Calcutta medical institutions reports 1871-78
Year: 1871
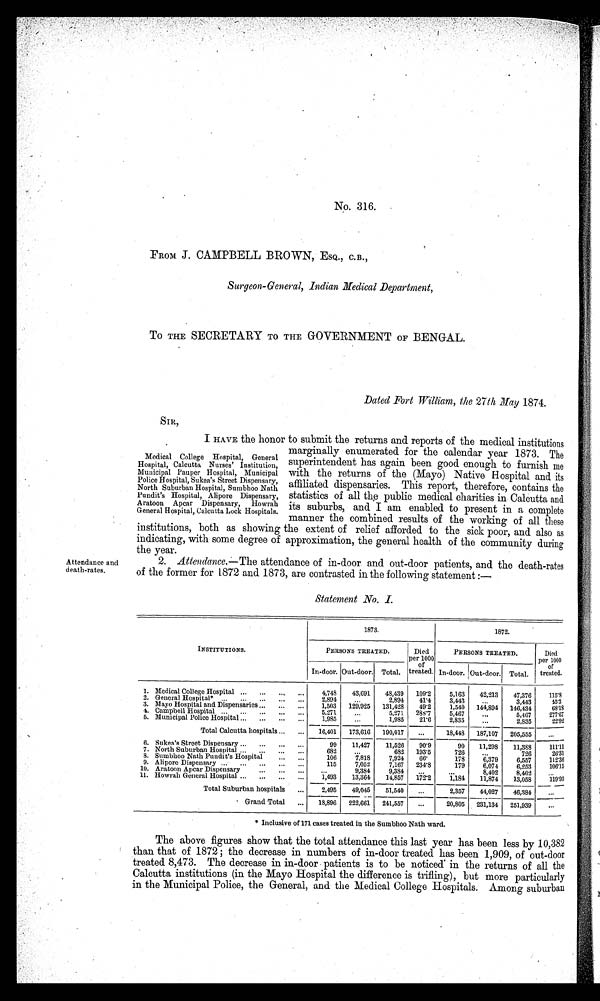
No. 316.
FROM J. CAMPBELL BROWN, ESQ., C.B.,
Surgeon-General, Indian Medical Department,
To THE SECRETARY TO THE GOVERNMENT OF BENGAL.
Dated Fort William, the 27th May 1874.
SIR,
I HAVE the honor to submit the returns and reports of the medical institutions
marginally enumerated for the calendar year 1873. The
superintendent has again been good enough to furnish me
with the returns of the (Mayo) Native Hospital and its
affiliated dispensaries. This report, therefore, contains the
statistics of all the public medical charities in Calcutta and
its suburbs, and I am enabled to present in a complete
manner the combined results of the working of all these
institutions, both as showing the extent of relief afforded to the sick poor, and also as
indicating, with some degree of approximation, the general health of the community during
the year.
Attendance and
death-rates
2. Attendance.—The attendance of in-door and out-door patients, and the death-rates
of the former for 1872 and 1873, are contrasted in the following statement :—
Statement No. I.
1873.
1872.
INSTITUTIONS.
PERSONS TREATED.
Died
per 1000
of
t r e a t e d .
PERSONS TREATED.
Died
per 1000
of
treated.
In-door. Out-door. Total.
In-door. Out-door. Total.
1. Medical College Hospital
4,748
43,691
48,439 109·2
5,163
42,213
47,376
115·8
2. General Hospital*
2,894
...
2,894 41·4
3,443
...
3,443
3. Mayo Hospital and Dispensaries
1,503 129,925 131,428
49·2
1,540 144,894 146,434
68·18
4. Campbell Hospital
5,271
...
5,271 288·7
5,467
...
5,467
277·67
5. Municipal Police Hospital
1,985
...
1,985
21·6
2,835
...
2,835
22·92
Total Calcutta hospitals
16,401 173,616 190,017
...
18,448 187,107 205,555
...
6 .
Sukea's Street Dispensary
99
11,427
11,526
90·9
90
11,298
11,388
111·11
7. North Suburban Hospital
682
..
682 193·5
726
..
726
26·31
8. Sumbhoo Nath Pundit's Hospital
106
7,818
7,924
66·
178
6,379
6,557
112·36
9. Alipore Dispensary
115
7,052
7,167 234·8
179
6,074
106·15
10. Aratoon Apcar Dispensary
. . .
9,384
9,384
...
. . .
8,402
8,402
...
11. Howrah General Hospital
1,493
13,364
14,857 172·2
1,184
11,874
13,058
119·93
Total Suburban hospitals
2,495
49,045
51,540
...
2,357
44,027
46,384
...
G r a n d T o t a l
18,896 222,661 241,557
...
20,805 231,134 251,939
...
* Inclusive of 171 cases treated in the Sumbhoo Nath ward.
The above figures show that the total attendance this last year has been less by 10,382
than that of 1872 ; the decrease in numbers of in-door treated has been 1,909, of out-door
treated 8,473. The decrease in in-door patients is to be noticed in the returns of all the
Calcutta institutions (in the Mayo Hospital the difference is trifling), but more particularly
in the Municipal Police, the General, and the Medical College Hospitals. Among suburban
Medical College Hospital, General
Hospital, Calcutta Nurses' Institution,
Municipal Pauper Hospital, Municipal
Police Hospital, Sukea's Street Dispensary,
North Suburban Hospital, Sumbhoo Nath
Pundit's Hospital, Alipore Dispensary,
Aratoon Apcar Dispensary, Howrah
General Hospital, Calcutta Lock Hospitals.